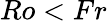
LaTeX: Ro<Fr